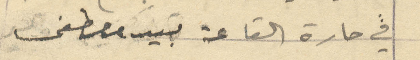
في حارة القاعة بيد مصطفى